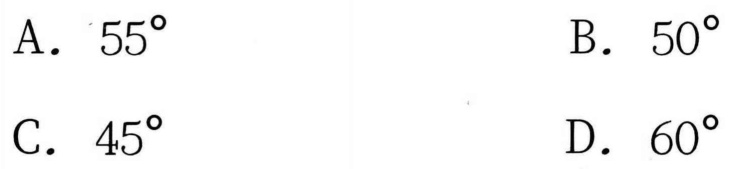
A. \(55^{\circ}\)
B. \(50^{\circ}\)
C. \(45^{\circ}\)
D. \(60^{\circ}\)